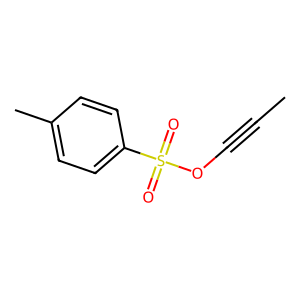
SMILES: CC#COS(=O)(=O)c1ccc(C)cc1
Inhibits HIV replication: No